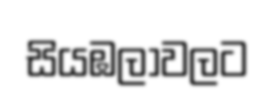
සියඹලාවලට